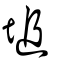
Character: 塠